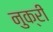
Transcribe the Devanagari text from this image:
नुक्री